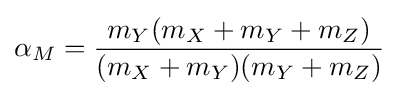
\alpha _{M}={\frac {m_{Y}(m_{X}+m_{Y}+m_{Z})}{(m_{X}+m_{Y})(m_{Y}+m_{Z})}}